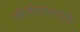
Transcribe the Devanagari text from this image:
औपनिवेशवादी